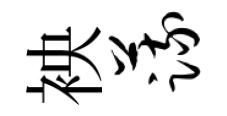
䘧蔬